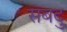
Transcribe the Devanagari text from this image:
सबदु